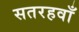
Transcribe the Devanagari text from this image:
सतरहवाँ